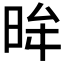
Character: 𭥿